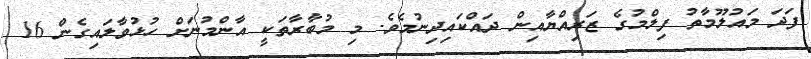
ފަދަ މައުލޫމާތު ފިލްމުގެ ޒަރިއްޔާއިން ދައްކައިދިނުމެވެ. މި މުބާރާތަކީ އާންމުނަށް ހުޅުވާލައިގެން 16